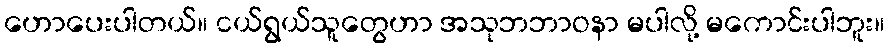
ဟောပေးပါတယ်။ ငယ်ရွယ်သူတွေဟာ အသုဘဘာဝနာ မပါလို့ မကောင်းပါဘူး။